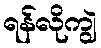
ရန်လိုကျွဲ